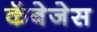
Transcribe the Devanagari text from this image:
कॅबेजेस